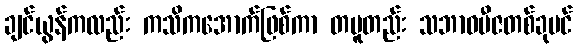
ချင်ယွန်ကလည်း ကသိကအောက်ဖြစ်ကာ တမူတည်း သဘာဝဗီဇတစ်ခုပင်